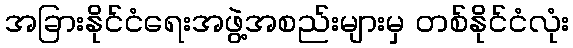
အခြားနိုင်ငံရေးအဖွဲ့အစည်းများမှ တစ်နိုင်ငံလုံး